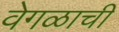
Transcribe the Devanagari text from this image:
वेगळाची